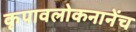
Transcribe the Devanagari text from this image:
कृपावलोकनानेंच